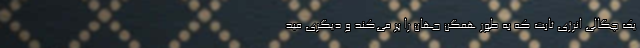
یک چگالی انرژی ثابت که به‌ طور همگن جهان را پر می‌کند و دیگری مید